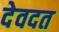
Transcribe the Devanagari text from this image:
देवदत